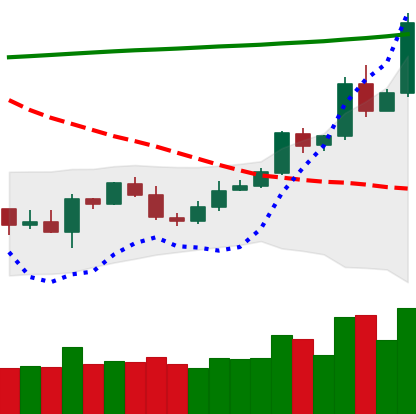
Ticker: ETC-USD
Chart end date: 2020-05-02
Forward return: -5.073%
Label: down_5_7